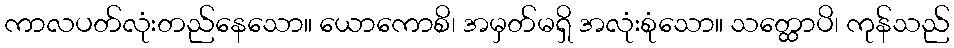
ကာလပတ်လုံးတည်နေသော။ ယောကောစိ၊ အမှတ်မရှိ အလုံးစုံသော။ သတ္ထောပိ၊ ကုန်သည်